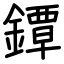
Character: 鐔